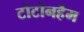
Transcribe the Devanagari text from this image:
टोटोनहैम